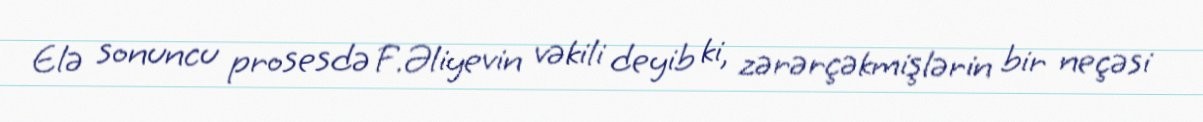
Elə sonuncu prosesdə F.Əliyevin vəkili deyib ki, zərərçəkmişlərin bir neçəsi